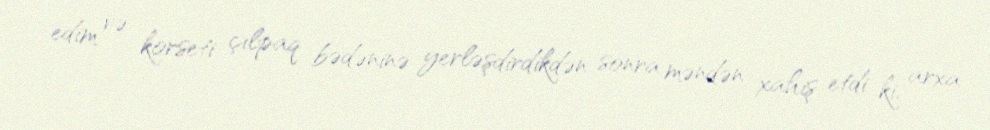
edim və korseti çılpaq bədəninə yerləşdirdikdən sonra məndən xahiş etdi ki, arxa